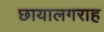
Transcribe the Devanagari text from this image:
छायालगराह